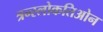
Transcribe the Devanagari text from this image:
त्रन्स्लोकतिओन